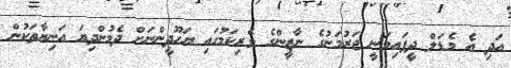
އަދި އެ މެޑަލް ދީފައިވަނީ ޖަރުމަނުގެ ނާޒީންގެ ވެރިކަމުގައި ޔަހޫދީންނަށް ދެމުންދިޔަ އަނިޔާތަކުން